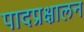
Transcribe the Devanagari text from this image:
पादप्रक्षालन